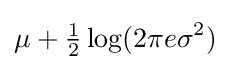
\mu +{\tfrac {1}{2}}\log(2\pi e\sigma ^{2})